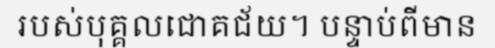
របស់បុគ្គលជោគជ័យ។ បន្ទាប់ពីមាន